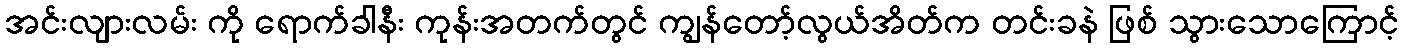
အင်းလျားလမ်း ကို ရောက်ခါနီး ကုန်းအတက်တွင် ကျွန်တော့်လွယ်အိတ်က တင်းခနဲ ဖြစ် သွားသောကြောင့်